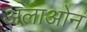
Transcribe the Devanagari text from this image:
अलाओन